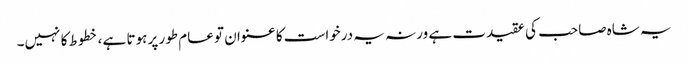
یہ شاہ صاحب کی عقیدت ہے ورنہ یہ درخواست کا عنوان تو عام طور پر ہوتا ہے ، خطوط کا نہیں۔